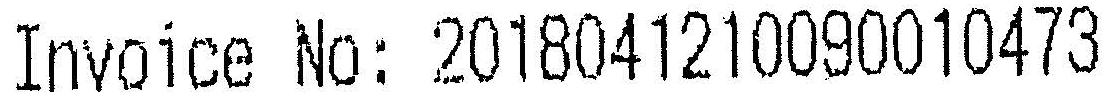
INVOICE NO: 2018041210090010473